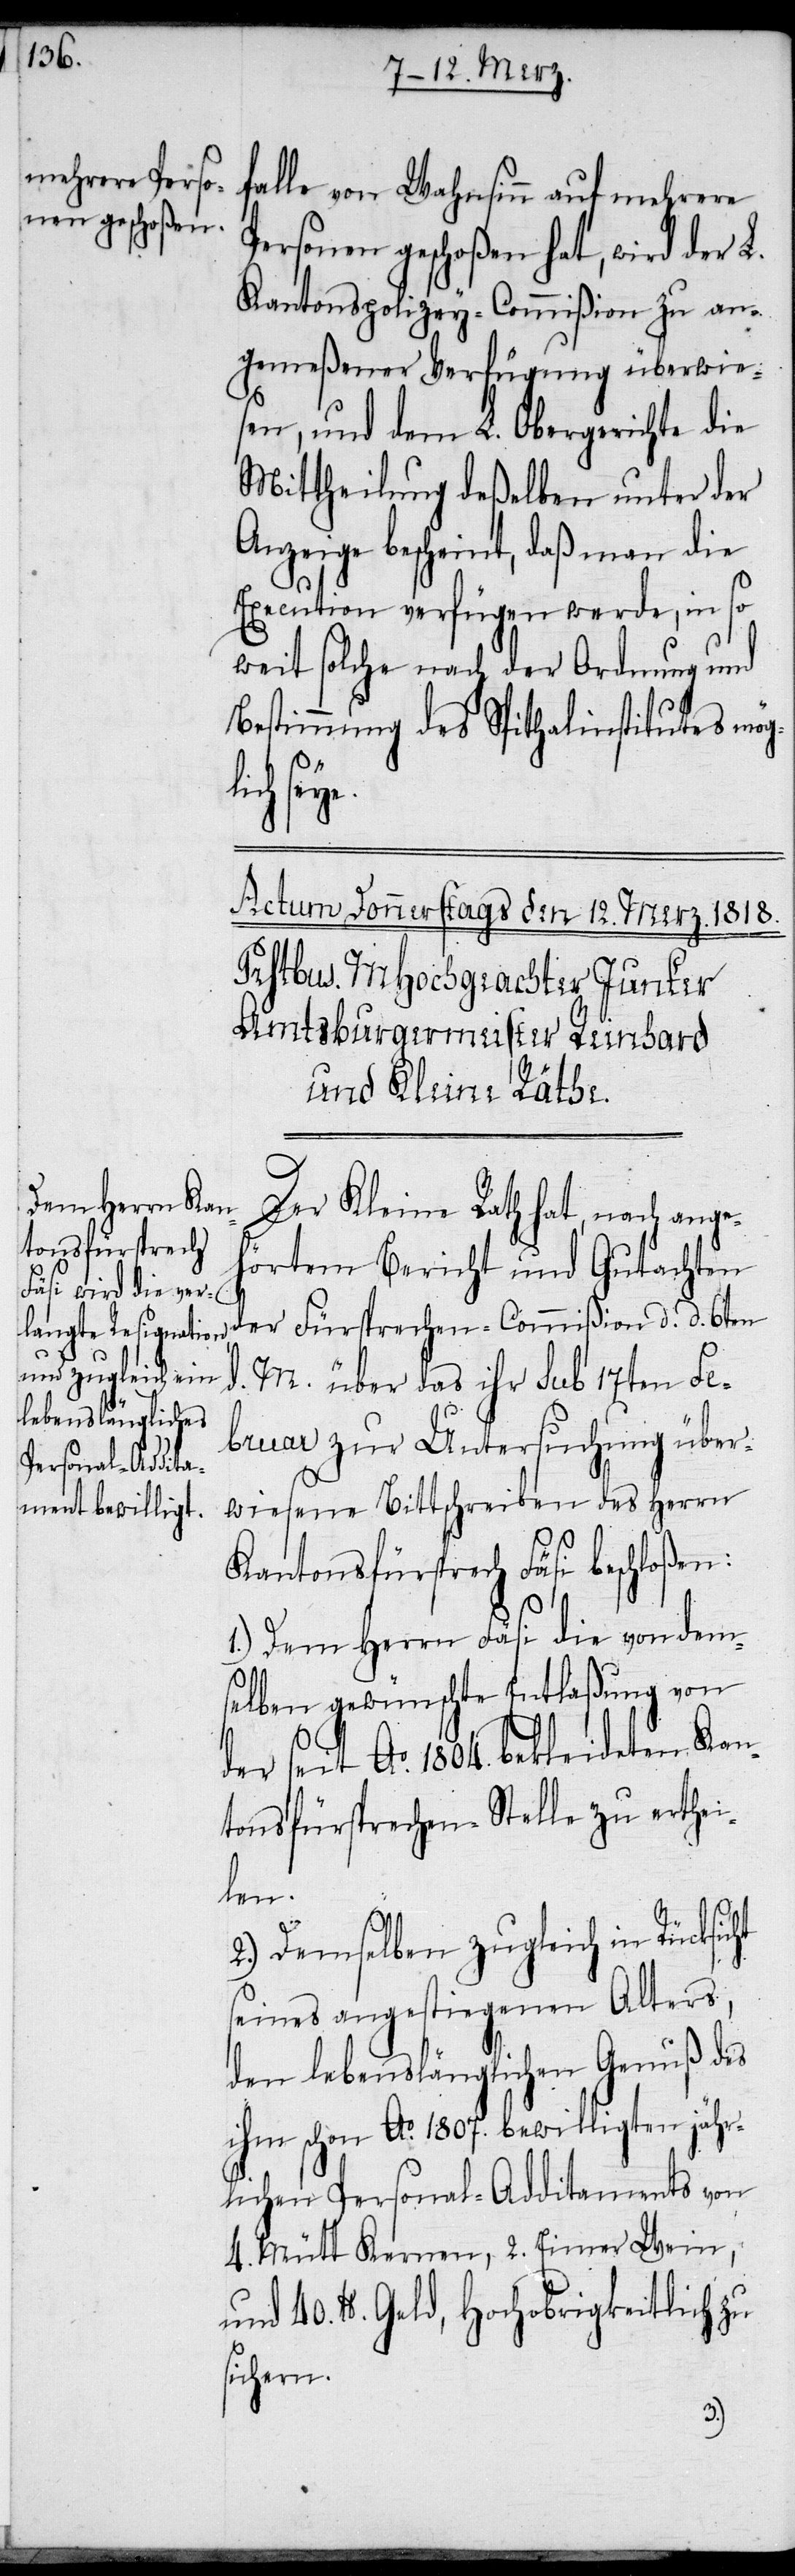
falle von Wahnsinn auf mehrere
Personen geschoßen hat, wird der L.
Kantonspolizey-Commißion zu an¬
gemeßener Verfügung überwie¬
sen, und dem L. Obergerichte die
Mittheilung deßelben unter der
Anzeige bescheint, daß man die
Execution verfügen werde, in so
weit solche nach der Ordnung und
Bestimmung des Spithalinstitutes mög¬
lich
Der Kleine Rath hat, nach ange¬
hörtem Bericht und Gutachten
der Fürsprechen-Commißion d. d. 6ten
d. M. über das ihr sub 17ten Fe¬
bruar zur Untersuchung über¬
wiesene Bittschreiben des Herrn
Kantonsfürsprech Fäsi beschloßen:
1.) Dem Herrn Fäsi die von dem¬
selben gewünschte Entlaßung von
der seit Ao. 1804. bekleideten Kan¬
tonsfürsprechen-Stelle zu erthei¬
len.
2.) Demselben zugleich in Rücksic¬
seines angestiegenen Alters,
den lebenslänglichen Genuß des
ihm schon Ao. 1807 bewilligten jähr¬
lichen Personal-Additaments von
4. Mütt Kernen, 2. Eimer Wein,
und 40. lb. Geld, Hochobrigkeitlich zu
sichern.
ht